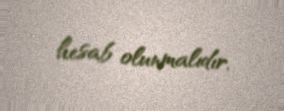
hesab olunmalıdır.